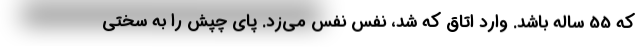
که 55 ساله باشد. وارد اتاق که شد، نفس نفس می‌زد. پای چپش را به سختی